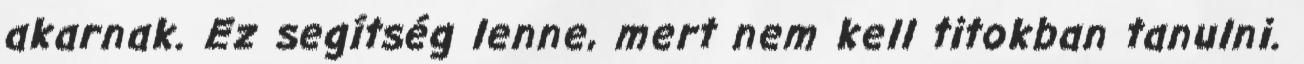
akarnak. Ez segítség lenne, mert nem kell titokban tanulni.